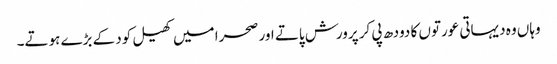
وہاں وہ دیہاتی عورتوں کا دودھ پی کر پرورش پاتے اور صحرا میں کھیل کود کے بڑے ہوتے۔